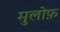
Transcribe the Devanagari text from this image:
मुलोफ़